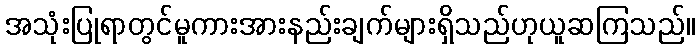
အသုံးပြုရာတွင်မူကားအားနည်းချက်များရှိသည်ဟုယူဆကြသည်။